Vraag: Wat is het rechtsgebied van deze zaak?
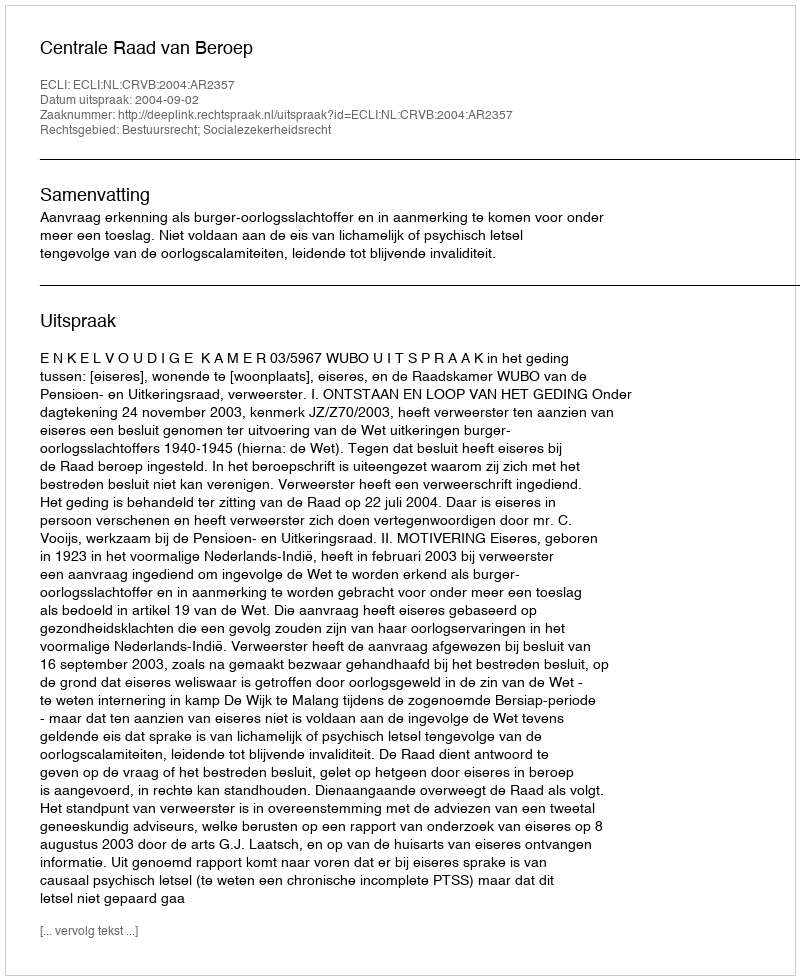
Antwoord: Bestuursrecht; Socialezekerheidsrecht